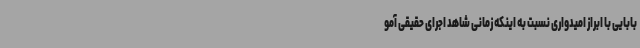
بابایی با ابراز امیدواری نسبت به اینکه زمانی شاهد اجرای حقیقی آمو